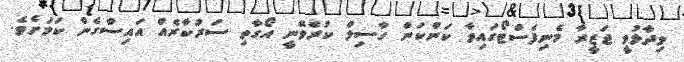
ވިދާޅުވީ ޖަޒީރާ މެނިފެސްޓޯގައިވާ ކަންކަން ހާސިލް ކުރެވޭނީ އޯގާތި ސަރުކާރެއް އައިސްގެން ކަމަށެވެ.